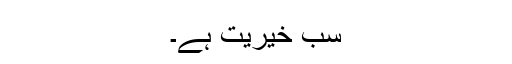
سب خیریت ہے۔